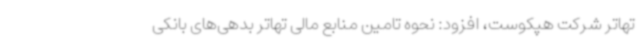
تهاتر شرکت هپکوست، افزود: نحوه تامین منابع مالی تهاتر بدهی‌های بانکی